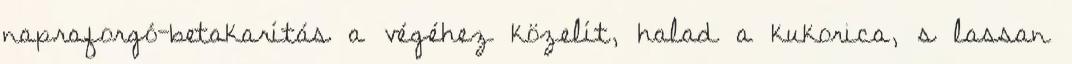
napraforgó-betakarítás a végéhez közelít, halad a kukorica, s lassan